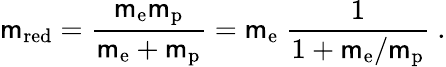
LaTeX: \mathsf{m}_{\mathrm{{red}}}={\frac{{\mathsf{m}_{\mathrm{{e}}}\mathsf{m}_{\mathrm{{p}}}}}{{\mathsf{m}_{\mathrm{{e}}}+\mathsf{m}_{\mathrm{{p}}}}}}=\mathsf{m}_{\mathrm{{e}}}~{\frac{{1}}{{1+\mathsf{m}_{\mathrm{{e}}}/\mathsf{m}_{\mathrm{{p}}}}}}~.